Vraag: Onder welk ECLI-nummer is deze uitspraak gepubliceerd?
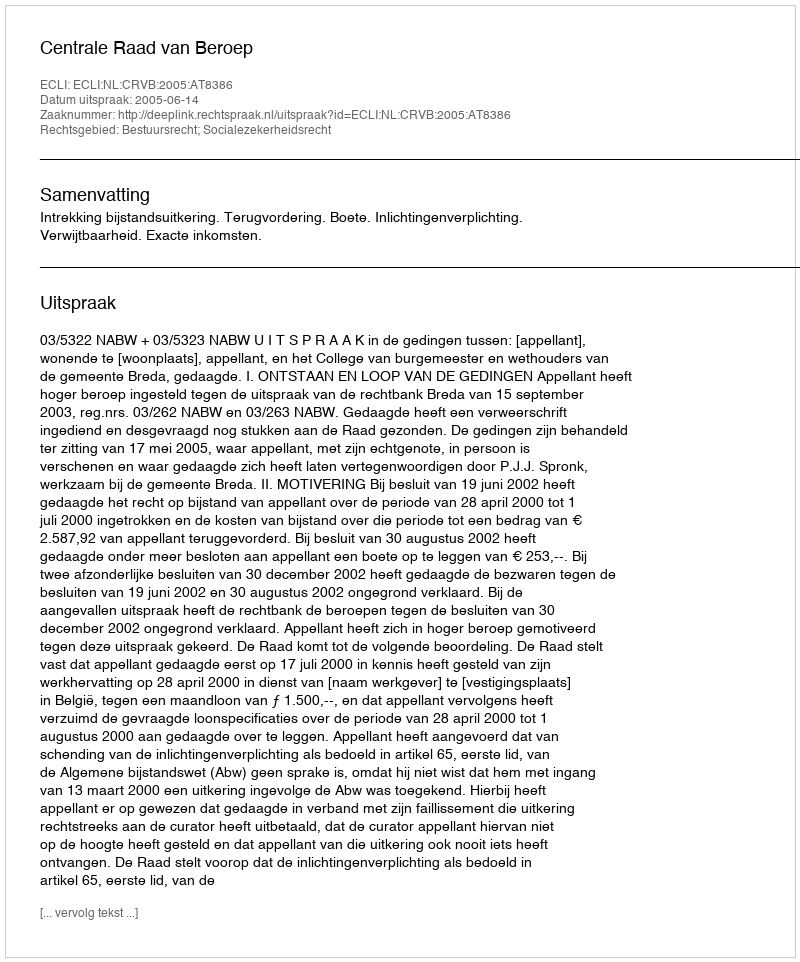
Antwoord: ECLI:NL:CRVB:2005:AT8386